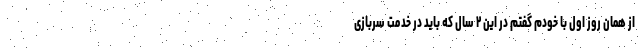
از همان روز اول با خودم گفتم در این ۲ سال که باید در خدمت سربازی